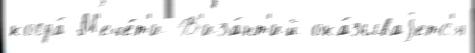
когда́ М'ече́т'и В'иза́нт'ий ока́зываjетс'я